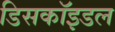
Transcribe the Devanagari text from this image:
डिसकॉइडल